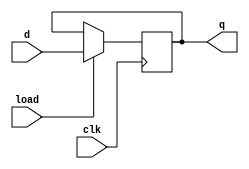
`default_nettype none
module Bit(
   input wire clk,
   input wire load,
   input wire d,
   output reg q
);
always @(posedge clk) begin
   if (load)
      q <= d;
end
endmodule
// Local Variables:
// verilog-library-directories:(".." "../modules" ".")
// End: